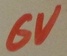
Text: 6V